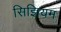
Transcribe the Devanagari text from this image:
सिझियम